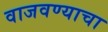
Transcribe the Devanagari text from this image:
वाजवण्याचा